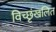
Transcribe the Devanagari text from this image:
विच्छृंखलित